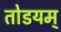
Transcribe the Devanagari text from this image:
तोडयम्